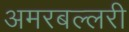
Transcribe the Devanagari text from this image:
अमरबल्लरी